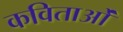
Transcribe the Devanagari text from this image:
कविताओंं